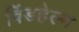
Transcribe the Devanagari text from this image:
विंडहेल्म